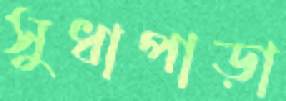
সুধাপাড়া